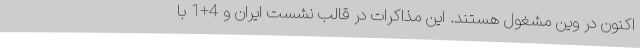
اکنون در وین مشغول هستند. این مذاکرات در قالب نشست ایران و 4+1 با